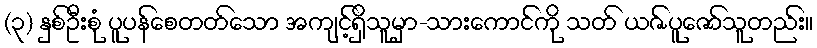
(၃) နှစ်ဦးစုံ ပူပန်စေတတ်သော အကျင့်ရှိသူမှာ-သားကောင်ကို သတ် ယဇ်ပူဇော်သူတည်း။